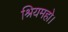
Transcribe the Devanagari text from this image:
श्रियमहो।